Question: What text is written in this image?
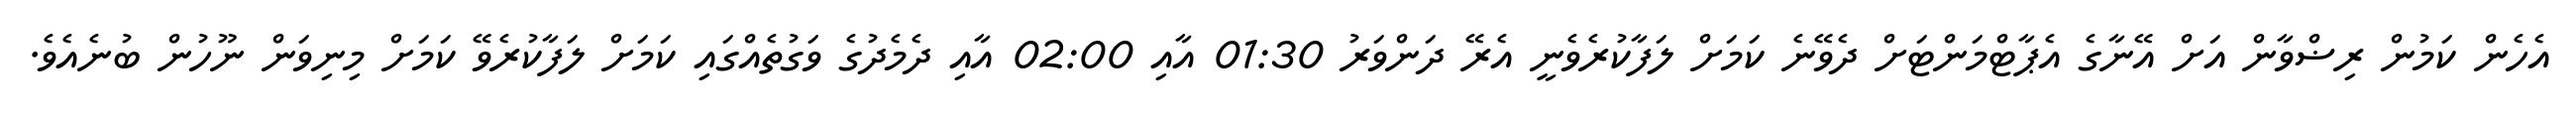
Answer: އެހެން ކަމުން ރިޟްވާން އަށް އޭނާގެ އެޕާޓްމަންޓަށް ދެވޭނެ ކަމަށް ލަފާކުރެވެނީ އެރޭ ދަންވަރު 01:30 އާއި 02:00 އާއި ދެމެދުގެ ވަގުތެއްގައި ކަމަށް ލަފާކުރެވޭ ކަމަށް މިނިވަން ނޫހުން ބުނެއެވެ.